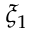
\xi _ { 1 }